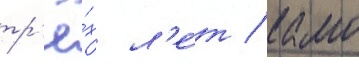
тр'ё́х л'е́т / камо